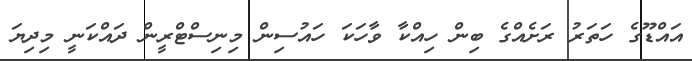
އައްޑޫގެ ހަތަރު ރަށެއްގެ ބިން ހިއްކާ ވާހަކަ ހައުސިން މިނިސްޓްރީން ދައްކަނީ މިދިޔަ